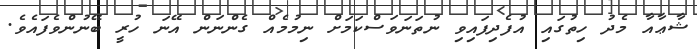
ޝާޢާއާ މެދު ހިތުގައި އުފެދިފައިވި ނުތަނަވަސްކަމަށް ނިމުމެއް ގެންނަން އޭނަ ހުރީ ބޭނުންވެފައެވެ.